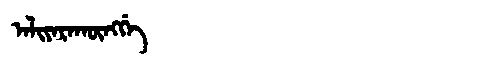
Manchu: ᠠᠯᡳᠶᠠᡵᠠᡴᡡᠩᡤᡝ
Romanization: ALIYARAKŪNGGE